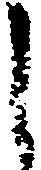
し